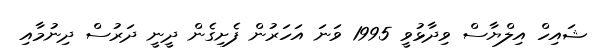
ޝައިހް އިލްޔާސް ވިދާޅުވީ 1995 ވަނަ އަހަރުން ފެށިގެން ދީނީ ދަރުސް ދިނުމާއި